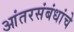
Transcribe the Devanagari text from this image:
आंतरसंबंधांचे